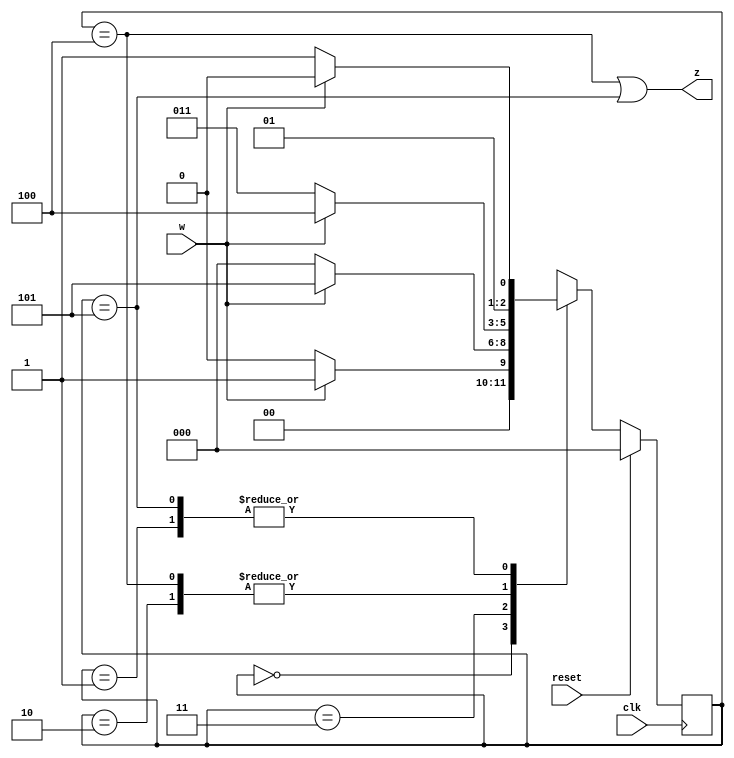
module top_module (
    input clk,
    input reset,     // synchronous reset
    input w,
    output z);
    
	parameter [2:0] A=3'd0,B=3'd1,C=3'd2,D=3'd3,E=3'd4,F=3'd5;
    reg [2:0] ns,ps;
    
    always@(*)begin
        case(ps)
            A: ns = w? B:A;
            B: ns = w? C:D;
            C: ns = w? E:D;
            D: ns = w? F:A;
            E: ns = w? E:D;
            F: ns = w? C:D;
            default: ns = 3'bxxx;
        endcase
    end  
    
    always@(posedge clk)begin
        if(reset)
            ps <= A;
        else
            ps <= ns;
    end
    
    assign z = (ps == E) | (ps == F);

endmodule